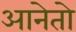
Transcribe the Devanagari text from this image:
आनेतो